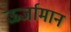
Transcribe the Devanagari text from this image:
ऊर्जामान